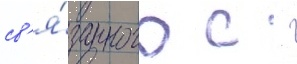
св'я́занного с